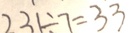
2 3 1 \div 7 = 3 3